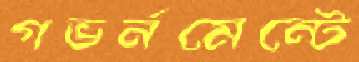
গভর্নমেন্টে